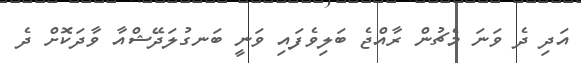
އަދި ދެ ވަނަ މެޗުން ރާއްޖެ ބަލިވެފައި ވަނީ ބަނގުލަދޭޝްއާ ވާދަކޮށް ދެ